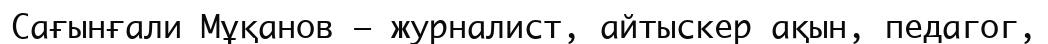
Сағынғали Мұқанов — журналист, айтыскер ақын, педагог,